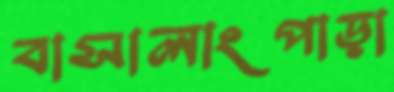
বাসালাংপাড়া